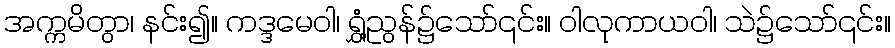
အက္ကမိတွာ၊ နင်း၍။ ကဒ္ဒမေဝါ၊ ရွှံ့ညွန်၌သော်၎င်း။ ဝါလုကာယဝါ၊ သဲ၌သော်၎င်း။